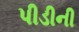
પીડીની